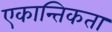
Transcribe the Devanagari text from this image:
एकान्तिकता